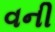
વની